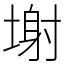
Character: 塮